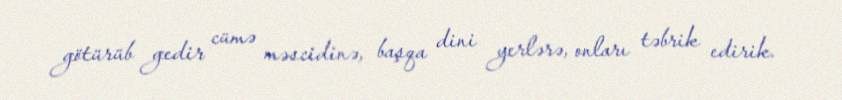
götürüb gedir cümə məscidinə, başqa dini yerlərə, onları təbrik edirik.